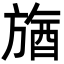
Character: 𣄉